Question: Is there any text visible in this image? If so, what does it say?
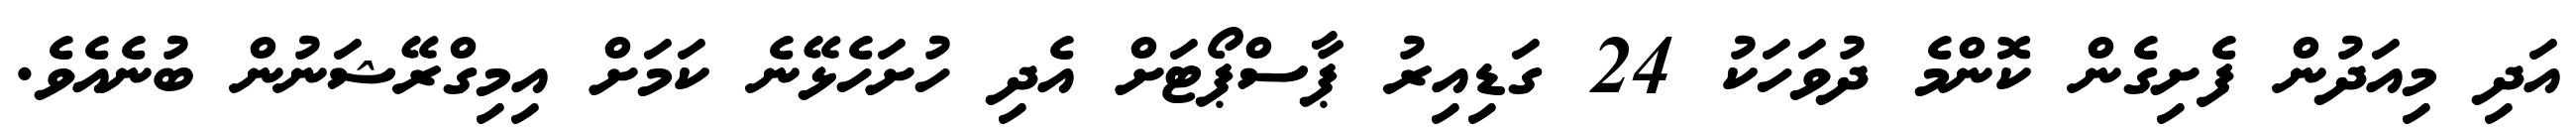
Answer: އަދި މިއަދުން ފެށިގެން ކޮންމެ ދުވަހަކު 24 ގަޑިއިރު ޕާސްޕޯޓަށް އެދި ހުށަހެޅޭނެ ކަމަށް އިމިގްރޭޝަނުން ބުނެއެވެ.